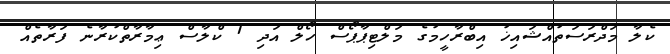
ކެލާ މަދްރަސަތުއްޝައިޚު އިބްރާހީމުގެ މަލްޓިޕާޕޯސް ހޯލް އަދި 1 ކްލާސް ޢިމާރާތްކުރާނެ ފަރާތެއް